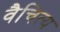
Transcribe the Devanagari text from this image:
वैचित्य